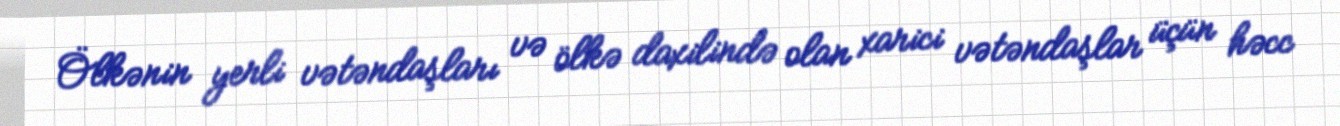
Ölkənin yerli vətəndaşları və ölkə daxilində olan xarici vətəndaşlar üçün həcc